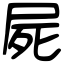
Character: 屍